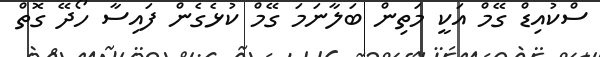
ސްކުއިޑް ގޭމް އަކީ މަތިން ބަލާނަމަ ގޭމް ކުޅެގެން ފައިސާ ހޯދޭ ގޮތް